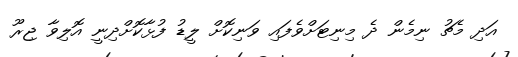
އަދި މެޗު ނިމެން ދެ މިނިޓަށްވެފައި ވަނިކޮށް ލީޑު ފުޅާކޮށްދިނީ އޮލިވާ ޖިރޫ